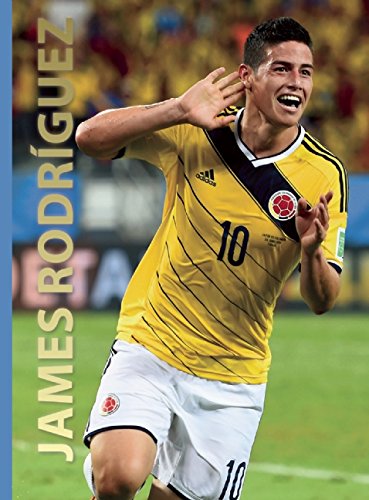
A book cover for James Rodriguez (World Soccer Legends); Illugi JÃ¶kulsson; Children's Books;